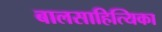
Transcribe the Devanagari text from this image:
बालसाहित्यिका